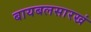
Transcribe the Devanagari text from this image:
बायबलसारखं